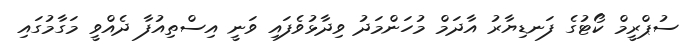
ސުޕްރީމް ކޯޓުގެ ފަނޑިޔާރު އާދަމް މުހަންމަދު ވިދާޅުވެފައި ވަނީ އިސްތިއުފާ ދެއްވީ މަގާމުގައި